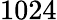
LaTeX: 1024